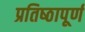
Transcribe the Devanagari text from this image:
प्रतिष्‍ठापूर्ण